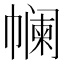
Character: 𰏟